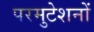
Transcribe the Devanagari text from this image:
परमुटेशनों